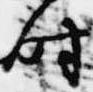
時